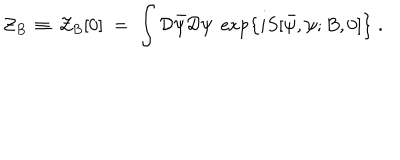
{ \mathcal Z } _ { B } \, \equiv \, { \mathcal Z } _ { B } [ 0 ] \; = \; \int { \mathcal D } { \bar { \psi } } { \mathcal D } \psi \; \exp \left\{ i S [ { \bar { \psi } } , \psi ; B , 0 ] \right\} \; .